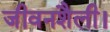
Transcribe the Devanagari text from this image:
जीवनशैली।